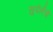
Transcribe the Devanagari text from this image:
सुपेर्तचे